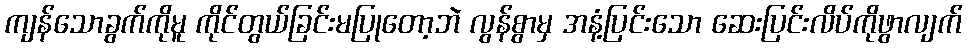
ကျန်သောခွက်ကိုမူ ကိုင်တွယ်ခြင်းမပြုတော့ဘဲ လွန်စွာမှ အနံ့ပြင်းသော ဆေးပြင်းလိပ်ကိုဖွာလျက်